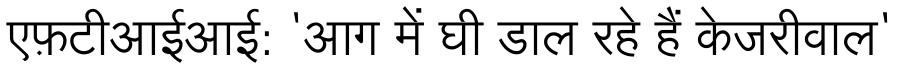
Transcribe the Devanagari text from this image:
एफ़टीआईआई: 'आग में घी डाल रहे हैं केजरीवाल'